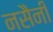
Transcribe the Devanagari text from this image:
नसैनी